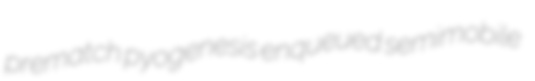
prematch pyogenesis enqueued semimobile